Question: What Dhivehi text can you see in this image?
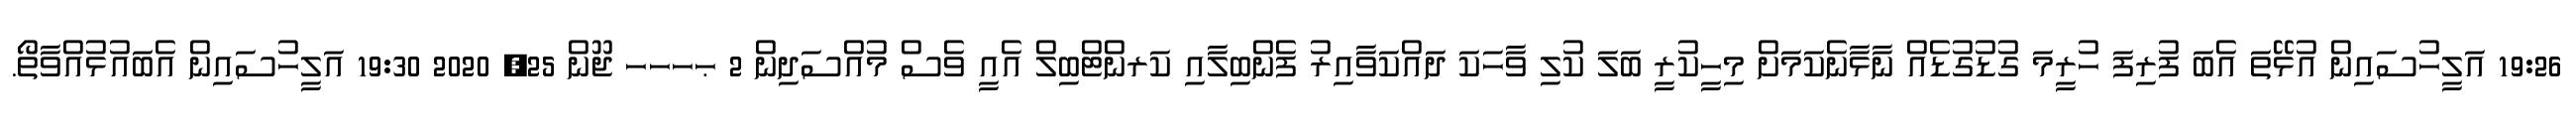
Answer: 19:26 އަލީހުސައިން އުޅޭތަ އެބަ ފުރިފަ ހުރީމަ ގުޑުގުޑެއް ނާޅާނެކަމަށް މިހީކުރީ ބަލަ ކުލި ވާހަކަ ދައްކަވާއިރު ފެންބިލާއި ކަރންޓްބިލް އެއީ ވެސް މުއްސަދިން 2 ޙހހހ ޖޫން 25, 2020 19:30 އަލީހުސައިން އެބައުޅުއްވާތޯ.